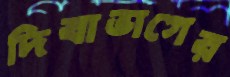
দিবাভাগের